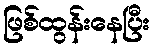
ဖြစ်ထွန်းနေပြီး